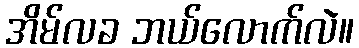
အိမ်လခ ဘယ်လောက်လဲ။